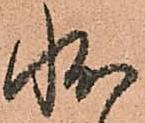
状